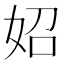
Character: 妱